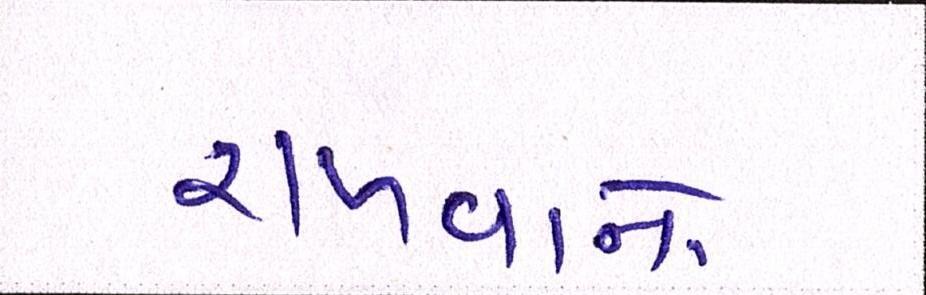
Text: રાખવાનો